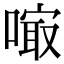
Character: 𠻕